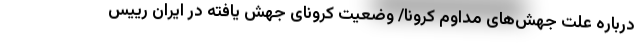
درباره علت جهش‌های مداوم کرونا/ وضعیت کرونای جهش یافته در ایران رییس